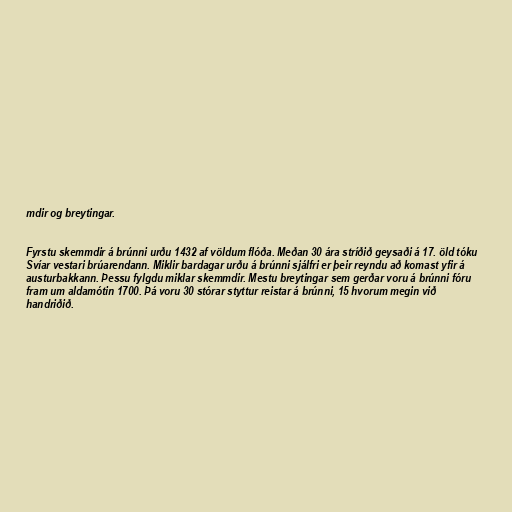
mdir og breytingar.

Fyrstu skemmdir á brúnni urðu 1432 af völdum flóða. Meðan 30 ára stríðið geysaði á 17. öld tóku
Svíar vestari brúarendann. Miklir bardagar urðu á brúnni sjálfri er þeir reyndu að komast yfir á
austurbakkann. Þessu fylgdu miklar skemmdir. Mestu breytingar sem gerðar voru á brúnni fóru
fram um aldamótin 1700. Þá voru 30 stórar styttur reistar á brúnni, 15 hvorum megin við
handriðið.